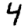
Digit: 4